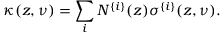
\kappa ( z , \nu ) = \sum _ { i } N ^ { \{ i \} } ( z ) \sigma ^ { \{ i \} } ( z , \nu ) .